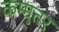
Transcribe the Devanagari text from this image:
कम्मुतर